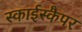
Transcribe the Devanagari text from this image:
स्काईस्कैपर